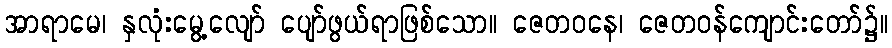
အာရာမေ၊ နှလုံးမွေ့လျော် ပျော်ဖွယ်ရာဖြစ်သော။ ဇေတဝနေ၊ ဇေတဝန်ကျောင်းတော်၌။